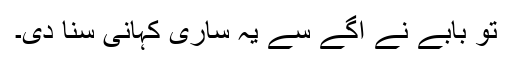
تو بابے نے آگے سے یہ ساری کہانی سنا دی۔